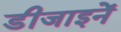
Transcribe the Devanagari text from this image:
डीजाइनें